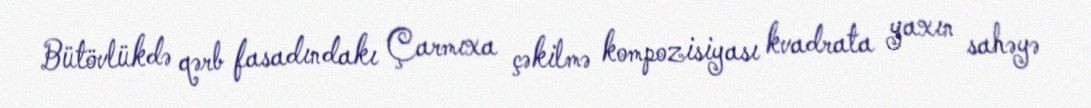
Bütövlükdə qərb fasadındakı Çarmıxa çəkilmə kompozisiyası kvadrata yaxın sahəyə